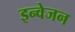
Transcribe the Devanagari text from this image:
इन्वेजन